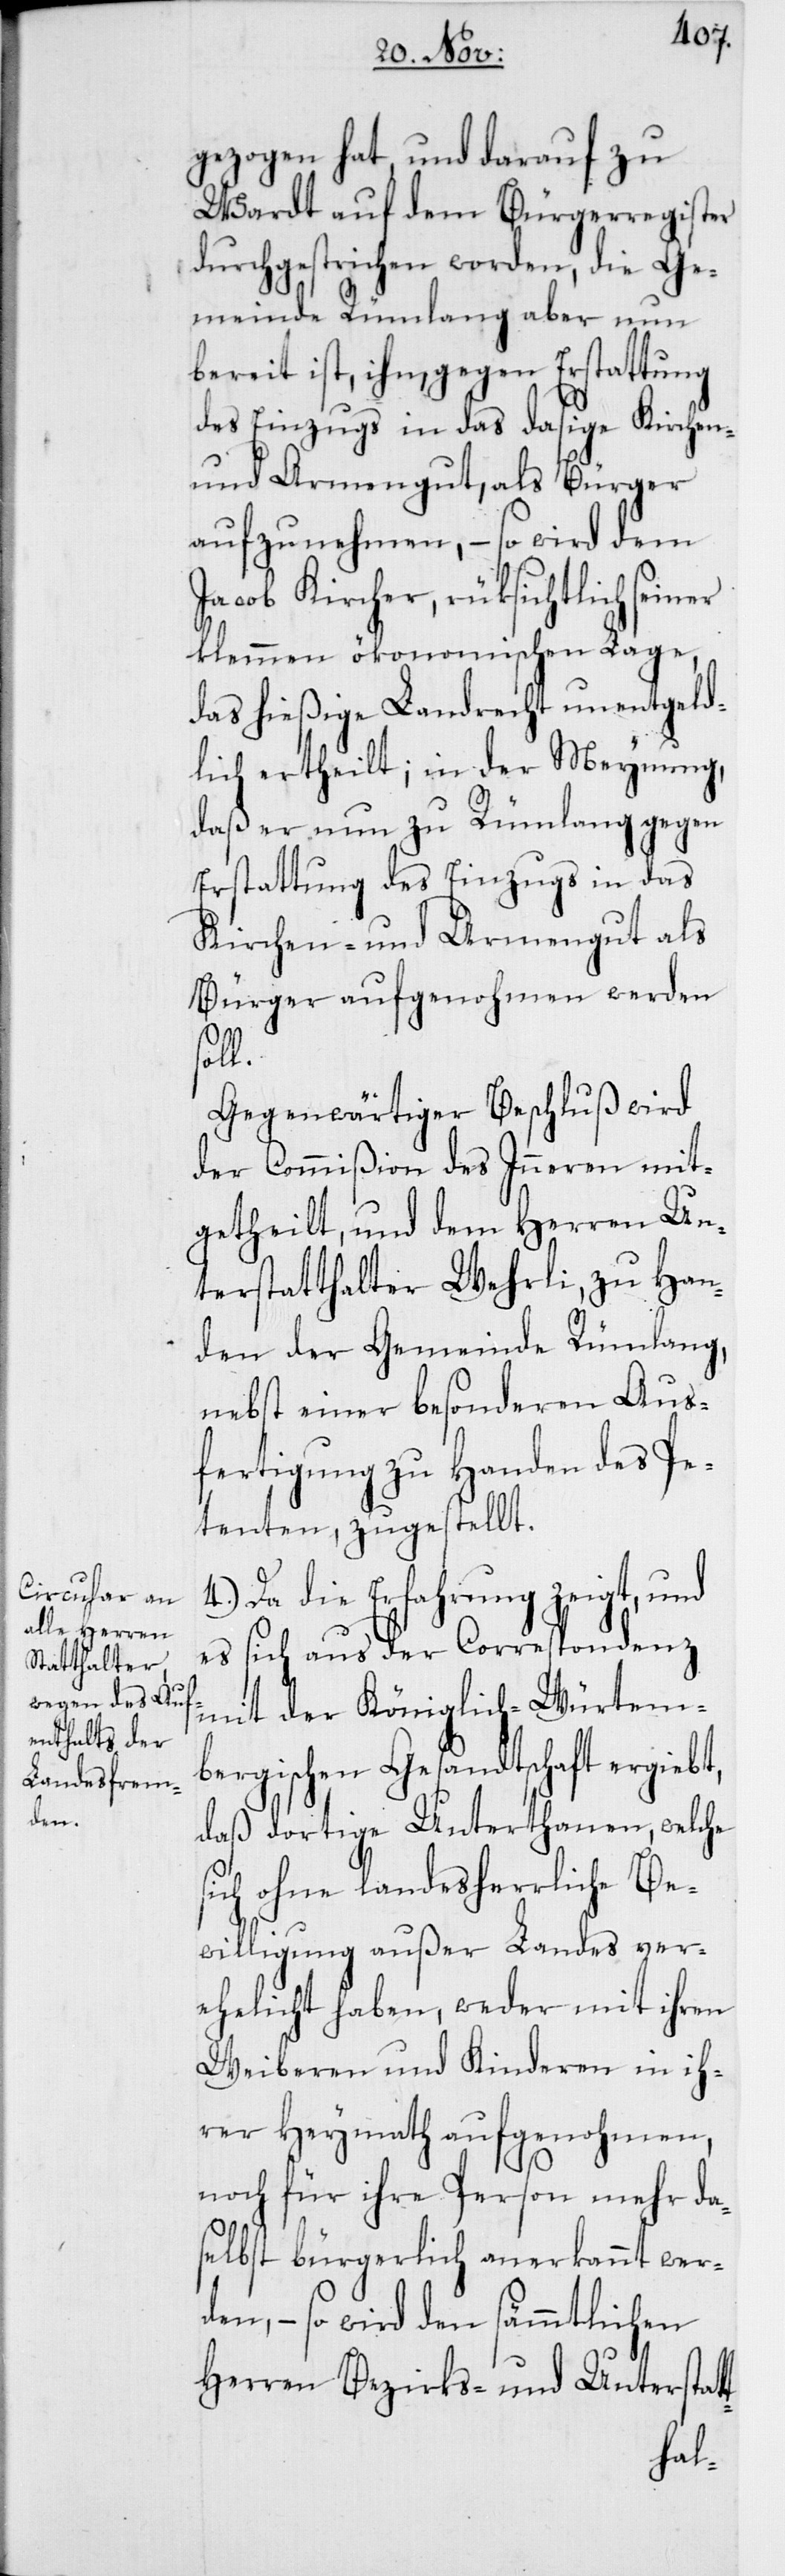
gezogen hat, und darauf zu
Wardt auf dem Bürgerregister
durchgestrichen worden, die Ge¬
meinde Rümlang aber nun
bereit ist, ihm, gegen Erstattung
des Einzugs in das dasige Kirchen-
und Armengut, als Bürger
aufzunehmen, – so wird dem
Jacob Kircher, rüksichtlich seiner
klemmen ökonomischen Lage,
das hießige Landrecht unentgeld¬
lich ertheilt; in der Meynung,
daß er nun zu Rümlang gegen
Erstattung des Einzugs in das
Kirchen- und Armengut als
Bürger aufgenohmen werden
t-
Gegenwärtiger Beschluß wird
der Commißion des Inneren mit¬
getheilt, und dem Herren Un¬
terstatthalter Wehrli, zu Han¬
den der Gemeinde Rümlang,
nebst einer besonderen Aus¬
fertigung zu Handen des Pe¬
tenten, zugestellt.
4. Da die Erfahrung zeigt, und
es sich aus der Correspondenz
mit der Königlich-Würtem¬
bergischen Gesandtschaft ergiebt,
daß dortige Unterthanen, welche
sich ohne landesherrliche Be¬
willigung außer Landes ver¬
ehelicht haben, weder mit ihren
Weiberen und Kinderen in ih¬
rer Heymath aufgenohmen,
noch für ihre Person mehr da¬
selbst bürgerlich anerkannt wer¬
den, – so wird den sämmtlichen
Herren Bezirks- und Unterstat¬